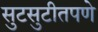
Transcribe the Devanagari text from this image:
सुटसुटीतपणे